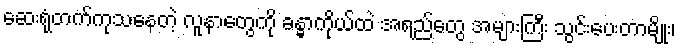
ဆေးရုံတက်ကုသနေတဲ့ လူနာတွေကို ခန္ဓာကိုယ်ထဲ အရည်တွေ အများကြီး သွင်းပေးတာမျိုး၊